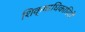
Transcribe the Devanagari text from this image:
शिक्षाधिकारियों